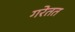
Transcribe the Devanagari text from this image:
गरेतत